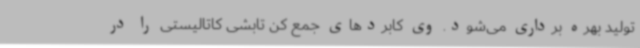
تولید بهره برداری می‌شود. وی کابردهای جمع کن تابشی کاتالیستی را در